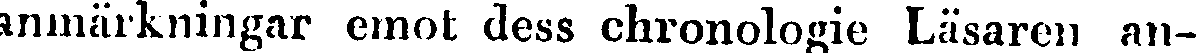
anmärkningar emot dess chronologie Läsaren an-